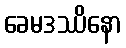
ခေမဒဿိနော